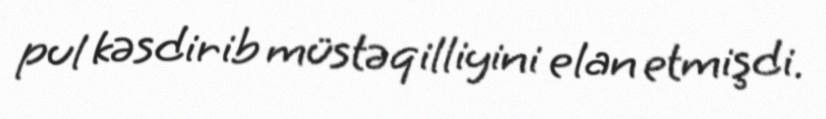
pul kəsdirib müstəqilliyini elan etmişdi.